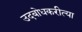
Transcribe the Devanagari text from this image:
उदबोधकरीत्या